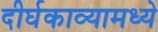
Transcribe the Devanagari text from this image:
दीर्घकाव्यामध्ये